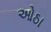
ઓઠા